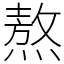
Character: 熬